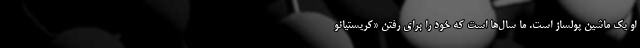
او یک ماشین پولساز است. ما سال‌ها است که خود را برای رفتن «کریستیانو